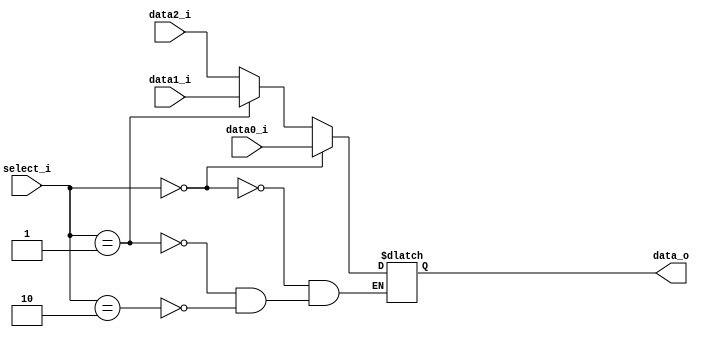
`timescale 1ns/1ps

module MUX_3to1(
    input       [32-1:0] data0_i,
    input       [32-1:0] data1_i,
    input       [32-1:0] data2_i,
    input       [ 2-1:0] select_i,
    output  reg [32-1:0] data_o
);
/* Write your code HERE */
always @(*) begin
    if (select_i == 2'b00) begin
        data_o <= data0_i;
    end else if (select_i == 2'b01) begin
        data_o <= data1_i;
    end else if (select_i == 2'b10) begin
        data_o <= data2_i;
    end
end
endmodule